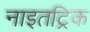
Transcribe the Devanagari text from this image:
नाइतट्रिक